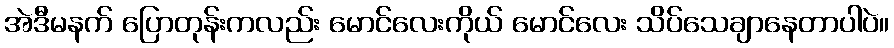
အဲဒီမနက် ပြောတုန်းကလည်း မောင်လေးကိုယ် မောင်လေး သိပ်သေချာနေတာပါပဲ။